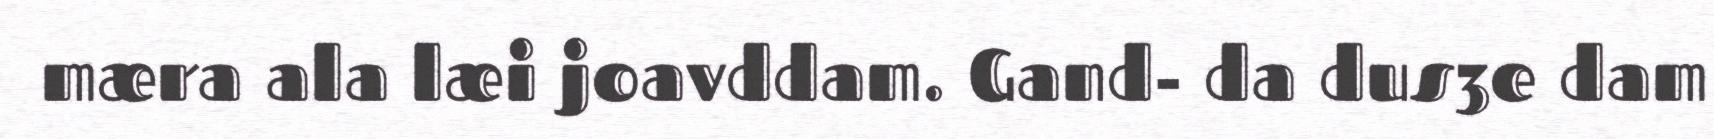
mæra ala læi joavddam. Gand- da dus3e dam